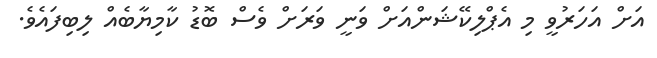
އަށް އަހަރުވީ މި އެޕްލިކޭޝަންއަށް ވަނީ ވަރަށް ވެސް ބޮޑު ކާމިޔާބެއް ލިބިފައެވެ.